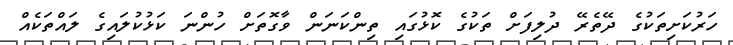
ހަރުކަށިތަކުގެ ދޭތެރޭ ދުލިފަށް ތަކުގެ ކޮޅުގައި ތިންކަނަން ވާގޮތަށް ހުންނަ ކަޅުކުލައިގެ ލައްތަކެއް